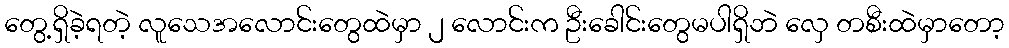
တွေ့ရှိခဲ့ရတဲ့ လူသေအလောင်းတွေထဲမှာ ၂ လောင်းက ဦးခေါင်းတွေမပါရှိဘဲ လှေ တစီးထဲမှာတော့